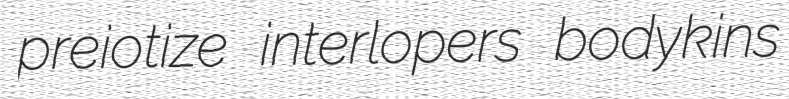
preiotize interlopers bodykins